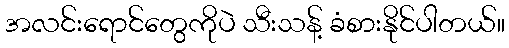
အလင်းရောင်တွေကိုပဲ သီးသန့် ခံစားနိုင်ပါတယ်။